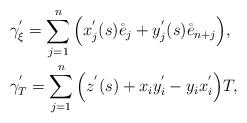
LaTeX: \begin{align*}&\gamma^{'}_{\xi}=\sum_{j=1}^n\Big(x_j^{'}(s)\mathring{e}_j+y_j^{'}(s)\mathring{e}_{n+j}\Big), \\ &\gamma^{'}_{T}=\sum_{j=1}^n \Big(z^{'}(s)+x_iy_i^{'}-y_ix_i^{'}\Big)T, \end{align*}